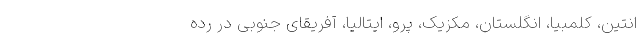
انتین، کلمبیا، انگلستان، مکزیک، پرو، ایتالیا، آفریقای جنوبی در رده